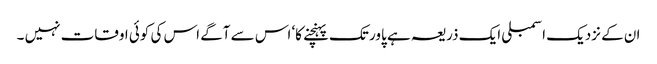
ان کے نزدیک اسمبلی ایک ذریعہ ہے پاور تک پہنچنے کا‘ اس سے آگے اس کی کوئی اوقات نہیں ۔